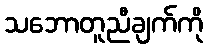
သဘောတူညီချက်ကို